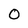
Character: 0